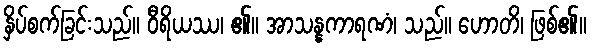
နှိပ်စက်ခြင်းသည်။ ဝီရိယဿ၊ ၏။ အာသန္နကာရဏံ၊ သည်။ ဟောတိ၊ ဖြစ်၏။